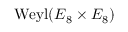
{ \mathrm { W e y l } } ( E _ { 8 } \times E _ { 8 } )